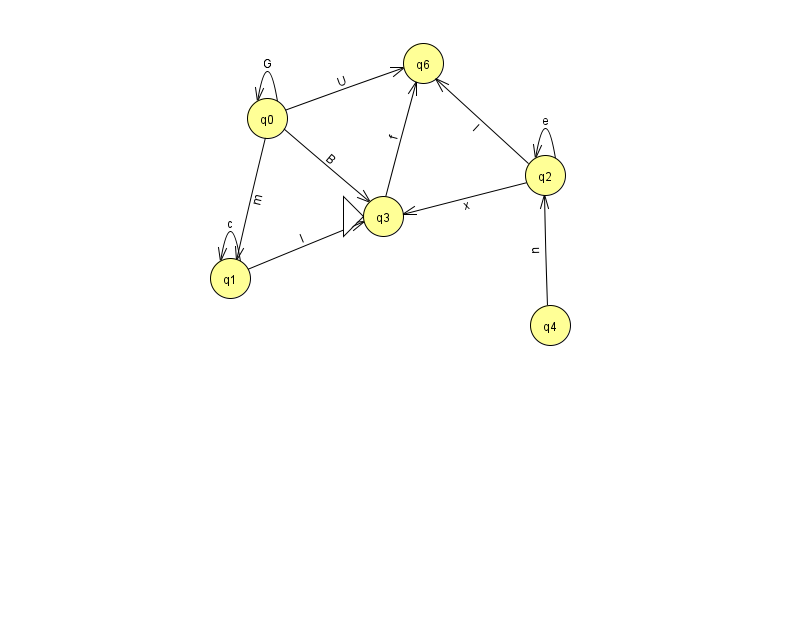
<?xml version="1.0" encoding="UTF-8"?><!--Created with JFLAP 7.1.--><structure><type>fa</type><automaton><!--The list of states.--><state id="0" name="q0"><x>267.0</x><y>105.0</y></state><state id="1" name="q1"><x>230.0</x><y>265.0</y></state><state id="2" name="q2"><x>545.0</x><y>162.0</y></state><state id="3" name="q3"><x>383.0</x><y>203.0</y><initial/></state><state id="4" name="q4"><x>550.0</x><y>312.0</y></state><state id="6" name="q6"><x>423.0</x><y>50.0</y></state><!--The list of transitions.--><transition><from>0</from><to>6</to><read>U</read></transition><transition><from>1</from><to>1</to><read>c</read></transition><transition><from>1</from><to>3</to><read>I</read></transition><transition><from>2</from><to>2</to><read>e</read></transition><transition><from>0</from><to>0</to><read>G</read></transition><transition><from>2</from><to>3</to><read>x</read></transition><transition><from>4</from><to>2</to><read>u</read></transition><transition><from>0</from><to>1</to><read>m</read></transition><transition><from>2</from><to>6</to><read>I</read></transition><transition><from>3</from><to>6</to><read>f</read></transition><transition><from>0</from><to>3</to><read>B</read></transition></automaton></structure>